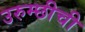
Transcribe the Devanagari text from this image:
उरुम्छीची